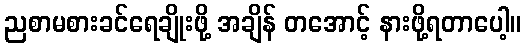
ညစာမစားခင်ရေချိုးဖို့ အချိန် တအောင့် နားဖို့ရတာပေါ့။